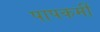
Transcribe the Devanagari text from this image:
पापकर्मी